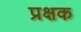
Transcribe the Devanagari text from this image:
प्रक्षक